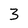
Character: 3